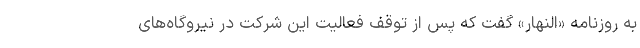
به روزنامه «النهار» گفت که پس از توقف فعالیت این شرکت در نیروگاه‌های